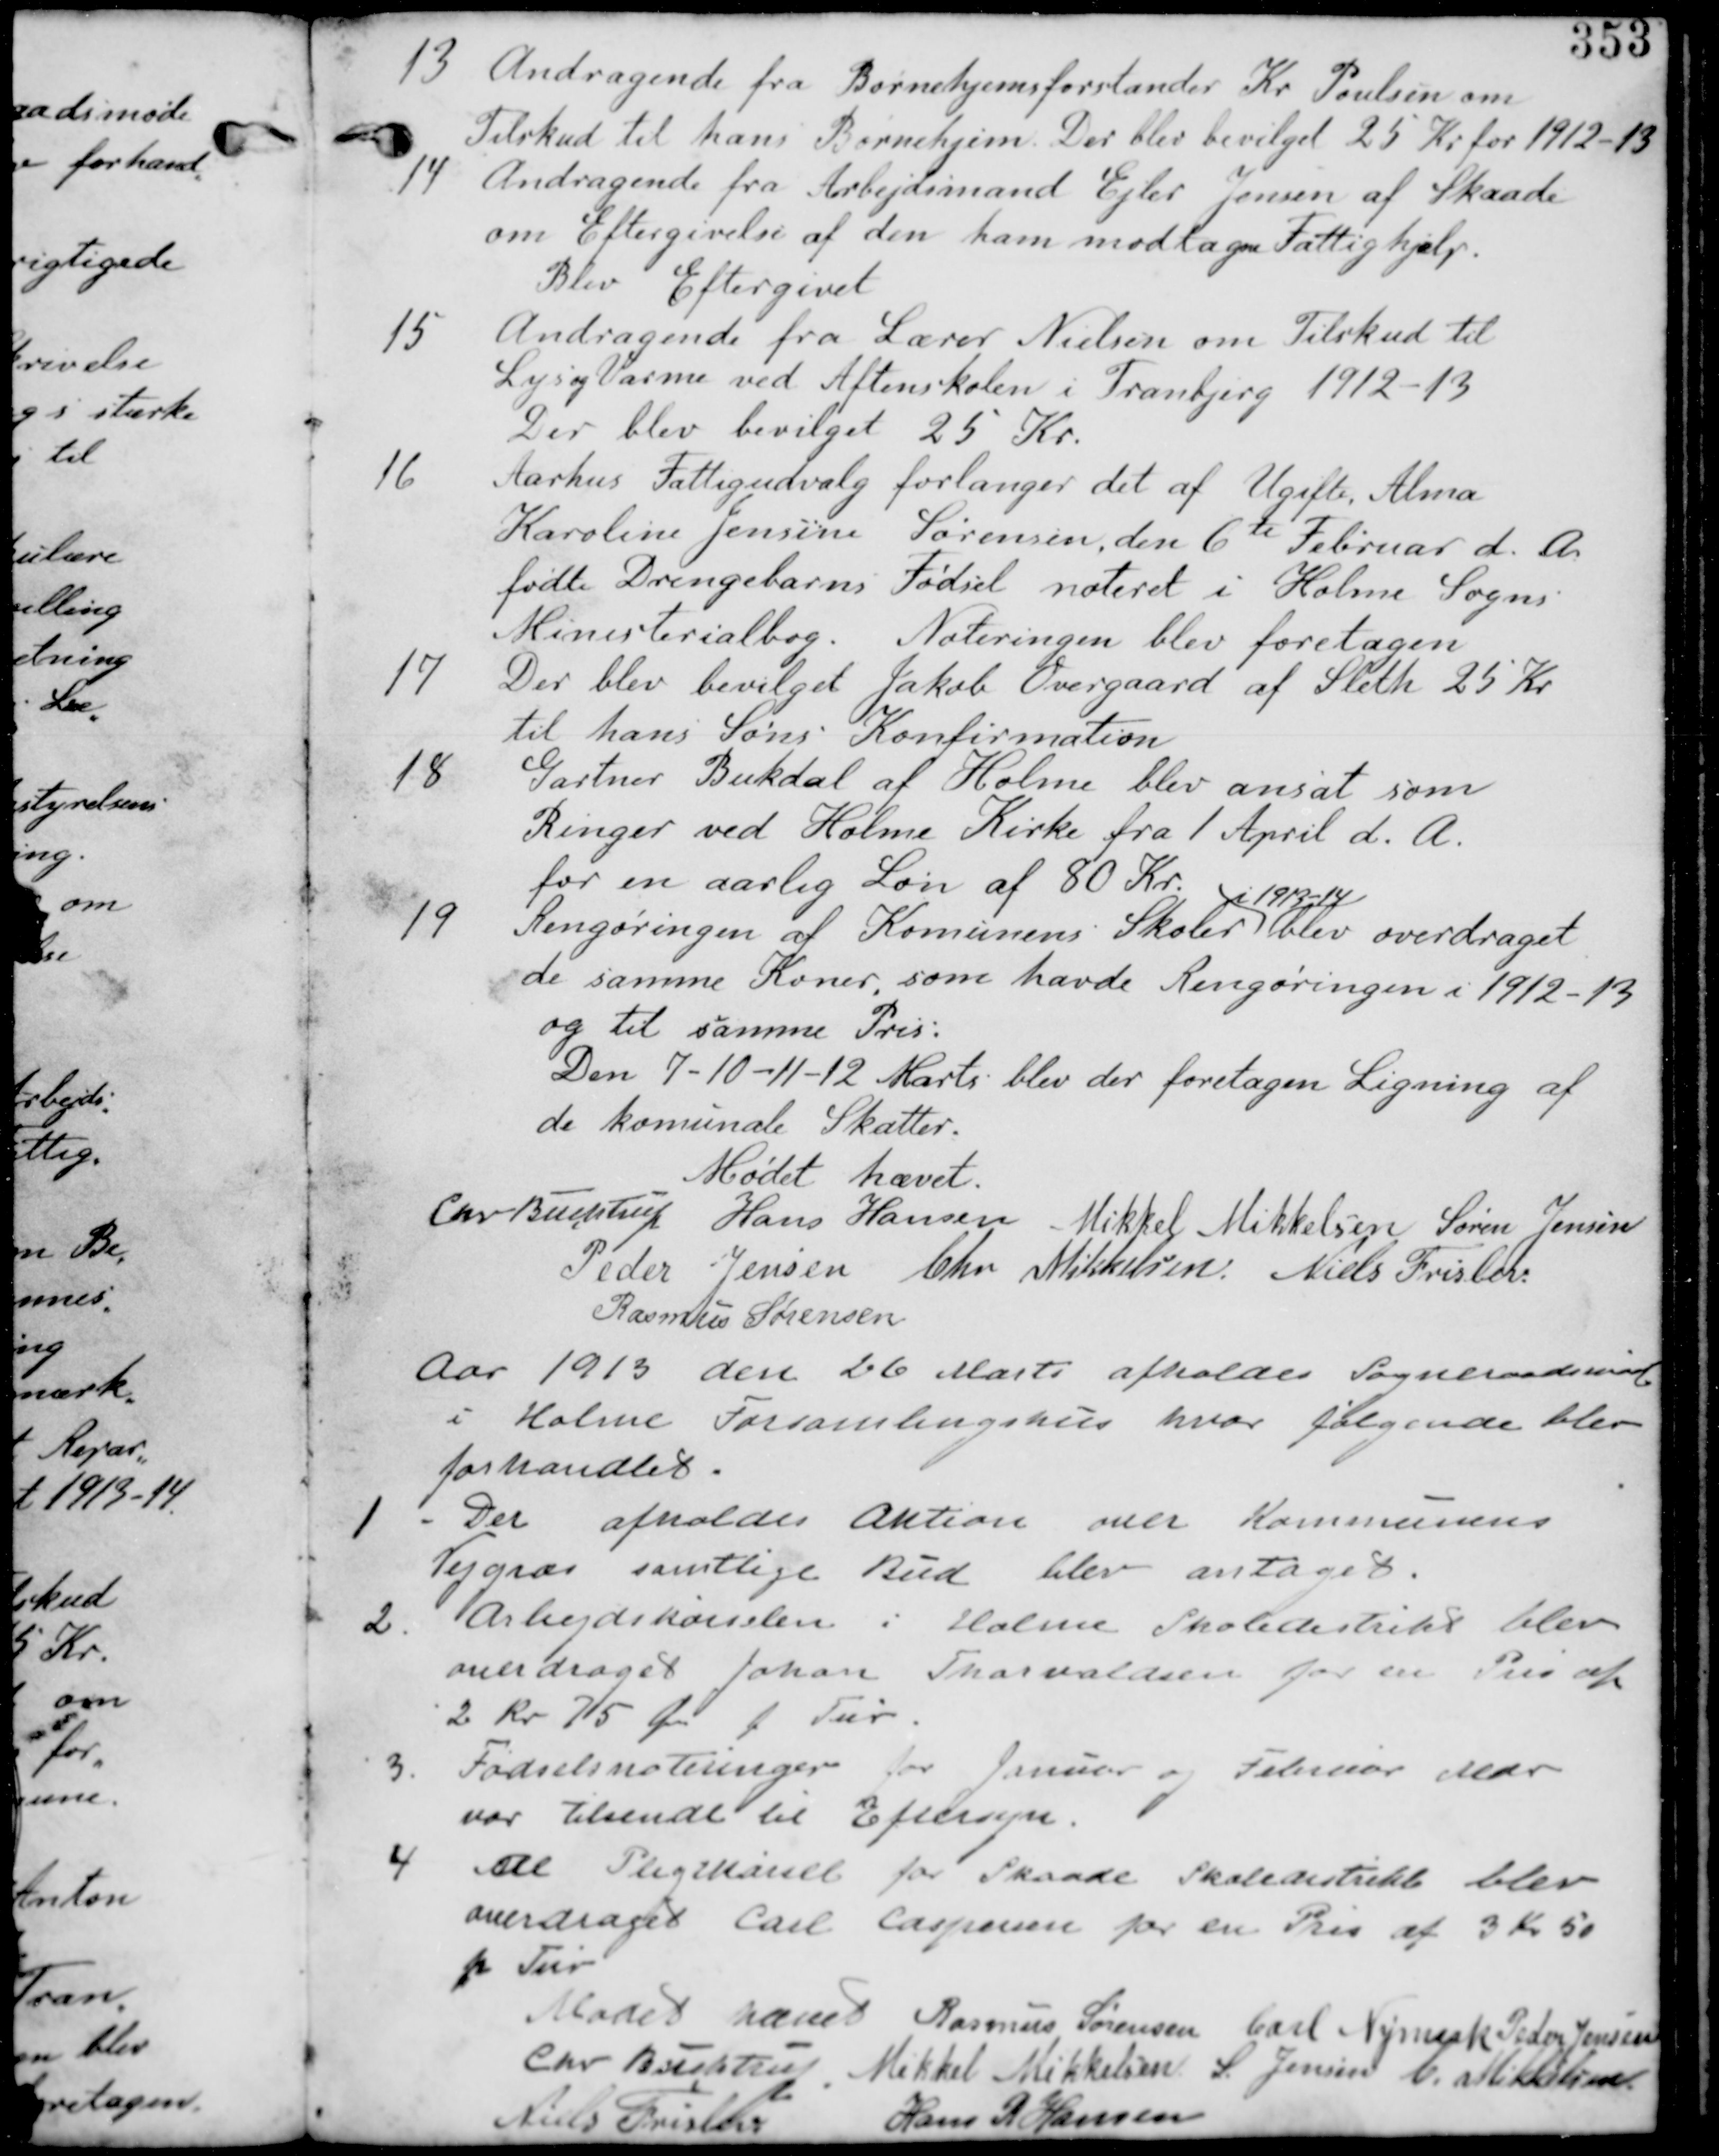
Transskription:
13. Andragende fra Børnehjemsforstander Kr. Poulsen om
Tilskud til hans Børnehjem. Der blev bevilget 25 Kr for 1912-13

14. Andragende fra Arbejdsmand Ejler Jensen af Skaade
om Eftergivelse af den ham modtagne .
Blev Eftergivet.

15. Andragende fra Lærer Nielsen om Tilskud til
Lys og Varme ved Aftenskolen i Tranbjerg 1912-13
Der blev bevilget 25 Kr.

16. Aarhus Fattigudvalg forlanger det af Ugifte Alma
Karoline Jensine Sørensen , den 6te Februar d. A.
fødte Drengebarns Fødsel noteret i Kirkebogen i Holme Sogns
Ministerialbog. Noteringen blev foretaget.

17. Der blev bevilget Jakob Overgaard af Sleth 25 Kr
til hans Søns Konfirmation.

18. Gartner Bukdal af Holme blev ansat som
Ringer ved Holme Kirke fra 1. April d. A.
for en Aarlig Løn af 80 Kr.

Rengøringen af Kommunens Skoler
i 1913-14
blev overdraget
de samme Koner, som havde Rengøringen i 1912-13
og til samme Pris:
Den 7-10-11-12 Marts blev der foretagen Ligning af
de kommunale Skatter.

Mødet hævet

Chr Buchtrup Hans Hansen Mikkel Mikkelsen Søren Jensen
Peder Jensen Chr Mikkelsen Niels Frislev
Rasmus Sørensen

Aar 1913 den 26 Marts afholdes Sogneraadsmøde
i Holme Forsamlingshus hvor følgende blev
forhandlet.

1. Der afholdes Aktion over Kommunens
Vejgræs samtlige Bud blev antaget.

2. Arbejdskørslen i Holme Skoledistrikt blev
overdraget Johan Thorvaldsen for en Pris af
2 Kr 75 Øre p Tur

3. Fødselsnoteringen for Janur og Februar Mdr
var tilsendt til Eftersyn.

4. Al Pligtkørsel for Skaade Skoledistrikt blev
overdraget Carl Caspersen for en Pris af 3 Kr 50 Øre
p Tur.

Mødet hævet. Rasmus Sørensen Carl Nymark Peder Jensen
Chr Buchtrup Mikkel Mikkelsen S. Jensen C. Mikkelsen
Niels Frislev Hans R Hansen